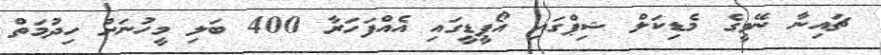
ޗައިނާ ނޭވީގެ މެޑިކަލް ޝިޕްގައި އޯޕީޑީގައި އެއްފަހަރާ 400 ބަލި މީހުނަށް ހިދުމަތް